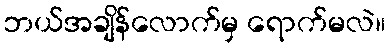
ဘယ်အချိန်လောက်မှ ရောက်မလဲ။